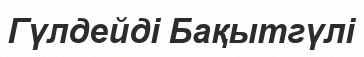
Гүлдейді Бақытгүлі